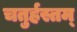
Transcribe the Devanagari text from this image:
चतुर्हस्तम्